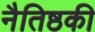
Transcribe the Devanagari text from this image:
नैतिष्ठकी